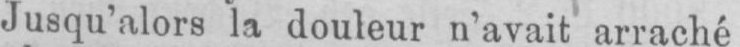
Jusqu’alors la douleur n’avait arraché